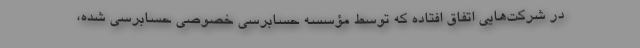
در شرکت‌هایی اتفاق افتاده که توسط مؤسسه حسابرسی خصوصی حسابرسی شده،